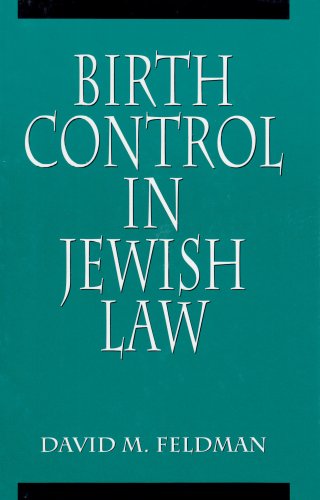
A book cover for Birth Control in Jewish Law: Marital Relations, Contraception, and Abortion As Set Forth in the Classic Texts of Jewish Law; David Michael Feldman; Religion & Spirituality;